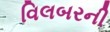
વિલબરની